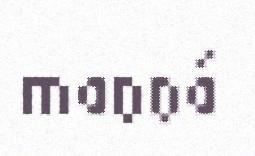
maŋŋá